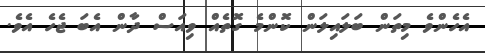
އެހެންވެ މިތަން ބަލައިލަން ކޮންމެ ގޮތެއް ވިއަސް ދާން އެބަ ޖެހެ އެވެ.